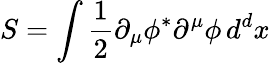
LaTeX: S=\int{\frac{1}{2}}\partial_{\mu}\phi^{*}\partial^{\mu}\phi\, d^{d}x